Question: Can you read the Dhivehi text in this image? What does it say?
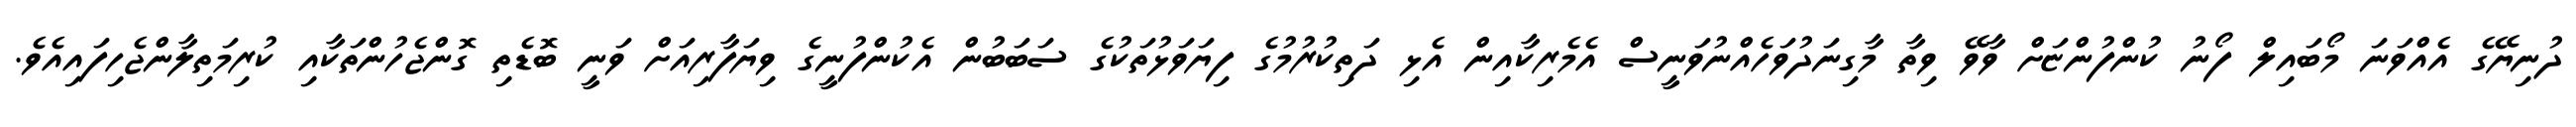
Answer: ދުނިޔޭގެ އެއްވަނަ މޯބައިލް ފޯނު ކުންފުންޏަށް ވާވޭ ވިތާ މާގިނަދުވަހެއްނުވަނީސް އެމެރިކާއިން އެޅި ދަތިކުރުމުގެ ފިޔަވަޅުތަކުގެ ސަބަބުން އެކުންފުނީގެ ވިޔަފާރިއަށް ވަނީ ބޮޑެތި ގޮންޖެހުންތަކާއި ކުރިމަތިލާންޖެހިފައިއެވެ.